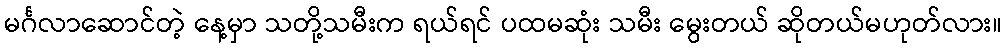
မင်္ဂလာဆောင်တဲ့ နေ့မှာ သတို့သမီးက ရယ်ရင် ပထမဆုံး သမီး မွေးတယ် ဆိုတယ်မဟုတ်လား။